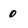
Character: 0